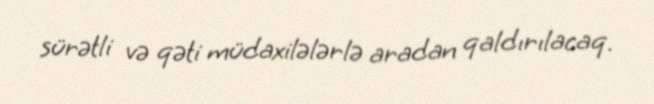
sürətli və qəti müdaxilələrlə aradan qaldırılacaq.